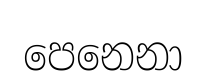
පෙනෙනා